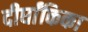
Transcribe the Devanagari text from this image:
दीर्घांकिका